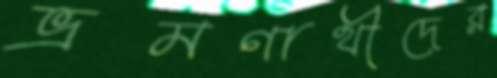
ভ্রমণার্থীদের